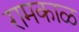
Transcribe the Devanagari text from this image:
रामकाळ